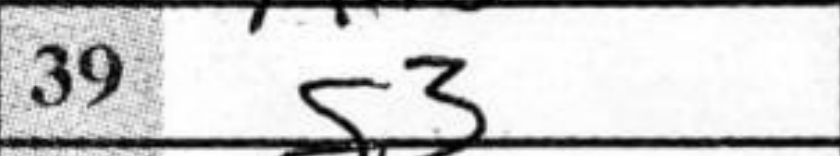
Transcription: g3